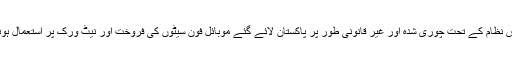
انہوں نے کہا کہ اس نظام کے تحت چوری شدہ اور غیر قانونی طور پر پاکستان لائے گئے موبائل فون سیٹوں کی فروخت اور نیٹ ورک پر استعمال ہونے سے روکنا ہے۔